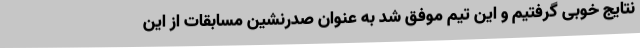
نتایج خوبی گرفتیم و این تیم موفق شد به عنوان صدرنشین مسابقات از این